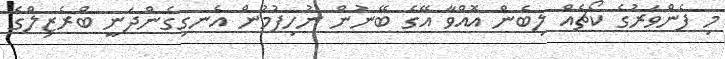
މި ފެންވަރުގެ ކޯޗެއް ލިބެން އޮއްވާ އޭގެ ބޭނުން ނުހިފުމުން އެނގިގެންދަނީ ބްރެޒިލްގެ